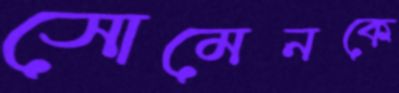
সোমেনকে